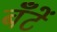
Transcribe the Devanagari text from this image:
बँटें